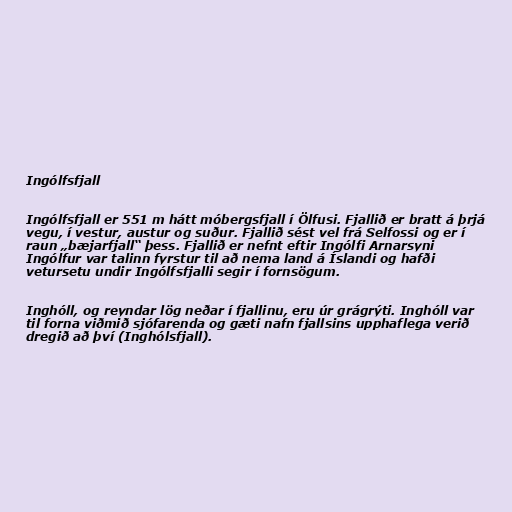
Ingólfsfjall

Ingólfsfjall er 551 m hátt móbergsfjall í Ölfusi. Fjallið er bratt á þrjá
vegu, í vestur, austur og suður. Fjallið sést vel frá Selfossi og er í
raun „bæjarfjall“ þess. Fjallið er nefnt eftir Ingólfi Arnarsyni
Ingólfur var talinn fyrstur til að nema land á Íslandi og hafði
vetursetu undir Ingólfsfjalli segir í fornsögum.

Inghóll, og reyndar lög neðar í fjallinu, eru úr grágrýti. Inghóll var
til forna viðmið sjófarenda og gæti nafn fjallsins upphaflega verið
dregið að því (Inghólsfjall).